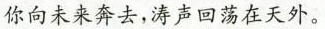
你向未来奔去，涛声回荡在天外。